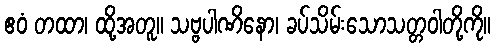
ဧဝံ တထာ၊ ထို့အတူ။ သဗ္ဗပါဏိနော၊ ခပ်သိမ်းသောသတ္တဝါတို့ကို။